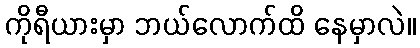
ကိုရီယားမှာ ဘယ်လောက်ထိ နေမှာလဲ။